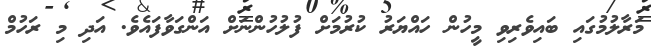
މަރާލުމުގައި ބައިވެރިވި މީހުން ހައްޔަރު ކުރުމަށް ފުލުހުންނަށް އަންގަވާފައެވެ. އަދި މި ރަހުމް